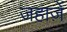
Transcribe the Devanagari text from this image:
जहाज़ें